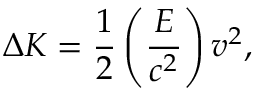
\Delta K = \frac { 1 } { 2 } \left( \frac { E } { c ^ { 2 } } \right) v ^ { 2 } ,